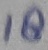
Text: 18